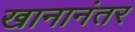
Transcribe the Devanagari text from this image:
खानानंतर